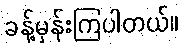
ခန့်မှန်းကြပါတယ်။